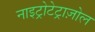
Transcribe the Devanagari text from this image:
नाइट्रोटेट्राज़ोल